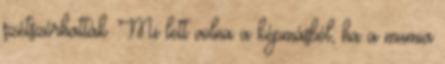
szétszórhatták. Mi lett volna a képmásból, ha a mumia